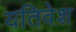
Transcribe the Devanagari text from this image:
यतिवेश